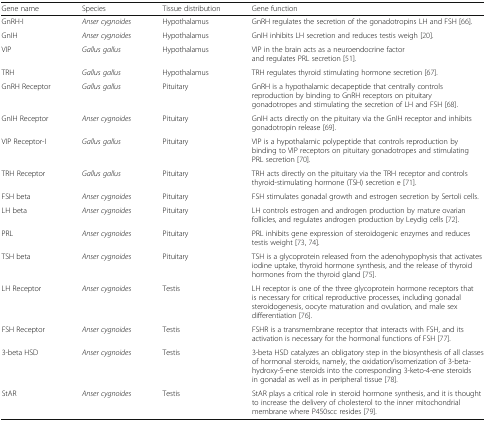
| Gene name | Species | Tissue distribution | Gene function |
 | --- | --- | --- | --- |
 | GnRH-I | Anser cygnoides | Hypothalamus | GnRH regulates the secretion of the gonadotropins LH and FSH [66]. |
 | GnIH | Anser cygnoides | Hypothalamus | GnIH inhibits LH secretion and reduces testis weigh [20]. |
 | VIP | Gallus gallus | Hypothalamus | VIP in the brain acts as a neuroendocrine factor and regulates PRL secretion [51]. |
 | TRH | Gallus gallus | Hypothalamus | TRH regulates thyroid stimulating hormone secretion [67]. |
 | GnRH Receptor | Gallus gallus | Pituitary | GnRH is a hypothalamic decapeptide that centrally controls reproduction by binding to GnRH receptors on pituitary gonadotropes and stimulating the secretion of LH and FSH [68]. |
 | GnIH Receptor | Anser cygnoides | Pituitary | GnIH acts directly on the pituitary via the GnIH receptor and inhibits gonadotropin release [69]. |
 | VIP Receptor-I | Gallus gallus | Pituitary | VIP is a hypothalamic polypeptide that controls reproduction by binding to VIP receptors on pituitary gonadotropes and stimulating PRL secretion [70]. |
 | TRH Receptor | Gallus gallus | Pituitary | TRH acts directly on the pituitary via the TRH receptor and controls thyroid-stimulating hormone (TSH) secretion e [71]. |
 | FSH beta | Anser cygnoides | Pituitary | FSH stimulates gonadal growth and estrogen secretion by Sertoli cells. |
 | LH beta | Anser cygnoides | Pituitary | LH controls estrogen and androgen production by mature ovarian follicles, and regulates androgen production by Leydig cells [72]. |
 | PRL | Anser cygnoides | Pituitary | PRL inhibits gene expression of steroidogenic enzymes and reduces testis weight [73, 74]. |
 | TSH beta | Anser cygnoides | Pituitary | TSH is a glycoprotein released from the adenohypophysis that activates iodine uptake, thyroid hormone synthesis, and the release of thyroid hormones from the thyroid gland [75]. |
 | LH Receptor | Anser cygnoides | Testis | LH receptor is one of the three glycoprotein hormone receptors that is necessary for critical reproductive processes, including gonadal steroidogenesis, oocyte maturation and ovulation, and male sex differentiation [76]. |
 | FSH Receptor | Anser cygnoides | Testis | FSHR is a transmembrane receptor that interacts with FSH, and its activation is necessary for the hormonal functions of FSH [77]. |
 | 3-beta HSD | Anser cygnoides | Testis | 3-beta HSD catalyzes an obligatory step in the biosynthesis of all classes of hormonal steroids, namely, the oxidation/isomerization of 3-beta-hydroxy-5-ene steroids into the corresponding 3-keto-4-ene steroids in gonadal as well as in peripheral tissue [78]. |
 | StAR | Anser cygnoides | Testis | StAR plays a critical role in steroid hormone synthesis, and it is thought to increase the delivery of cholesterol to the inner mitochondrial membrane where P450scc resides [79]. |